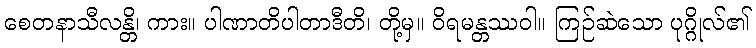
စေတနာသီလန္တိ၊ ကား။ ပါဏာတိပါတာဒီတိ၊ တို့မှ။ ဝိရမန္တဿဝါ။ ကြဉ်ဆဲသော ပုဂ္ဂိုလ်၏